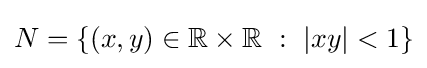
N=\{(x,y)\in \mathbb {R} \times \mathbb {R} ~:~|xy|<1\}